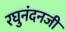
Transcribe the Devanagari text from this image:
रघुनंदनजी